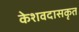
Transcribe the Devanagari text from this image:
केशवदासकृत